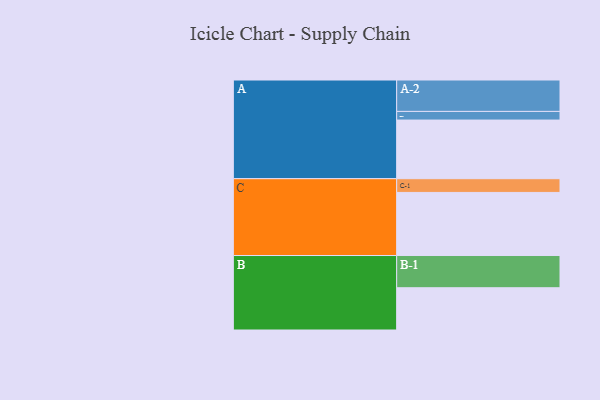
{"axis": {"x": "Segment", "y": "Value"}, "legend": ["", "A", "B", "C"], "data": [{"x": "A", "y": 448, "type": ""}, {"x": "B", "y": 323, "type": ""}, {"x": "C", "y": 482, "type": ""}, {"x": "A-1", "y": 66, "type": "A"}, {"x": "A-2", "y": 240, "type": "A"}, {"x": "B-1", "y": 246, "type": "B"}, {"x": "C-1", "y": 105, "type": "C"}]}